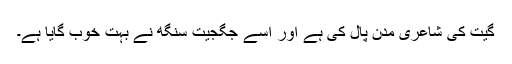
گیت کی شاعری مدن پال کی ہے اور اسے جگجیت سنگھ نے بہت خوب گایا ہے۔